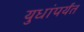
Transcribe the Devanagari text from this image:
युधांपर्यंत